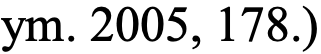
ym. 2005, 178.)